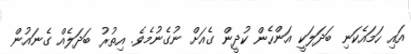
އައި ހަމައެކަނި ބަދަލަކީ އަންހެން ކުދީން ގެއަށް ނުގެނުމެވެ. އިތުރު ބަދަލެއް ގެނައުން